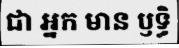
ជា អ្នក មាន ឫទ្ធិ